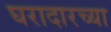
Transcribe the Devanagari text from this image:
घरादारच्या